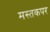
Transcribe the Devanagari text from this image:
मस्तकपर